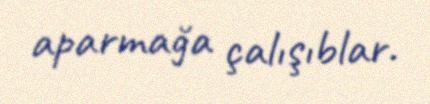
aparmağa çalışıblar.